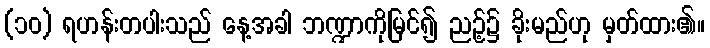
(၁၀) ရဟန်းတပါးသည် နေ့အခါ ဘဏ္ဍာကိုမြင်၍ ညဉ့်၌ ခိုးမည်ဟု မှတ်ထား၏။